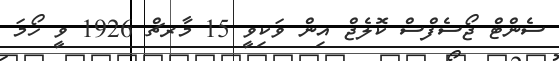
ސެންޓް ޖޯސެފްސް ކޮލެޖް އިން ވަކިވީ 15 މާރޗް 1926 ވީ ހޯމަ